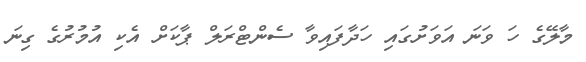
މާލޭގެ ހަ ވަނަ އަވަށުގައި ހަދާފައިވާ ސެންޓްރަލް ޕާކަށް އެކި އުމުރުގެ ގިނަ